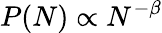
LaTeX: P(N)\propto N^{-\beta}